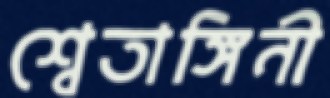
শ্বেতাঙ্গিনী